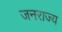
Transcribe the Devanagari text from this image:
जनराज्य